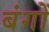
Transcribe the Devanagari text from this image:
बंगों